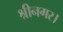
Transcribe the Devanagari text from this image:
श्रीनगर।